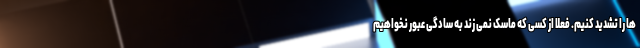
ها را تشدید کنیم. فعلا از کسی که ماسک نمی زند به سادگی عبور نخواهیم